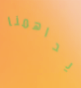
يداهمنا